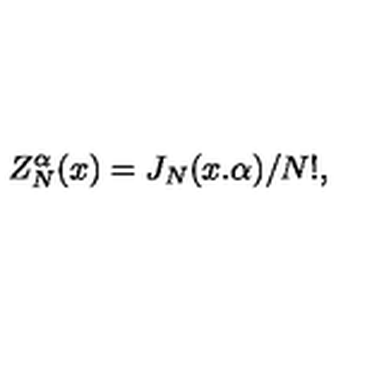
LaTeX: Z _ { N } ^ { \alpha } ( x ) = J _ { N } ( x . \alpha ) / N ! ,